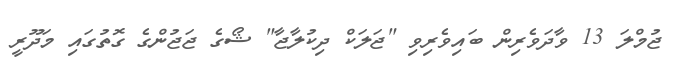
ޖުމްލަ 13 ވާދަވެރިން ބައިވެރިވި "ޖަލަކް ދިކުލާޖާ" ޝޯގެ ޖަޖުންގެ ގޮތުގައި މަދޫރީ